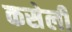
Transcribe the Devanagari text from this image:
कसेली